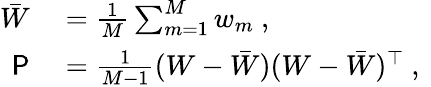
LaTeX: \begin{array}{rl}{\bar{W}}&{{}=\frac{1}{M}\sum_{m=1}^{M}w_{m}\mathrm{~,~}}\\ {\mathsf{P}}&{{}=\frac{1}{M-1}(W-\bar{W})(W-\bar{W})^{\top}\mathrm{~,~}}\end{array}